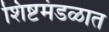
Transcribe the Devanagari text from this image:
शिष्टमंडळात